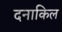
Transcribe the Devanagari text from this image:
दनाकिल